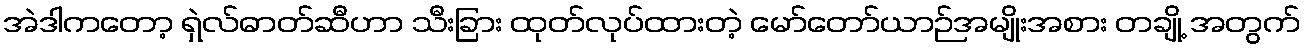
အဲဒါကတော့ ရှဲလ်ဓာတ်ဆီဟာ သီးခြား ထုတ်လုပ်ထားတဲ့ မော်တော်ယာဉ်အမျိုးအစား တချို့ အတွက်